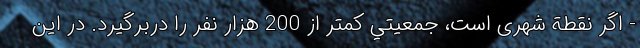
- اگر نقطة شهری است، جمعيتي كمتر از 200 هزار نفر را دربرگيرد. در این